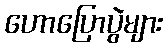
ဟောပြောပွဲများ